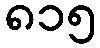
၈၁၅